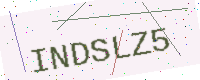
Text: INDSLZ5